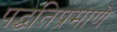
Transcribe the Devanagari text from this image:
पद्धतिप्रमाणे